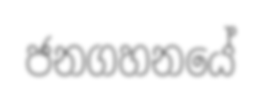
ජනගහනයේ